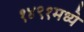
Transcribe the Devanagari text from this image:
१४९१मध्ये